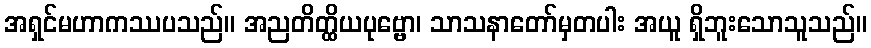
အရှင်မဟာကဿပသည်။ အညတိတ္ထိယပုဗ္ဗော၊ သာသနာတော်မှတပါး အယူ ရှိဘူးသောသူသည်။